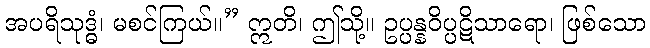
အပရိသုဒ္ဓံ၊ မစင်ကြယ်။” ဣတိ၊ ဤသို့။ ဥပ္ပန္နဝိပ္ပဋိသာရော၊ ဖြစ်သော